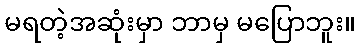
မရတဲ့အဆုံးမှာ ဘာမှ မပြောဘူး။